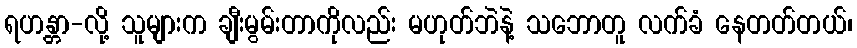
ရဟန္တာ-လို့ သူများက ချီးမွမ်းတာကိုလည်း မဟုတ်ဘဲနဲ့ သဘောတူ လက်ခံ နေတတ်တယ်၊